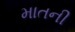
માતની